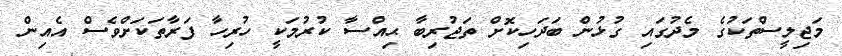
މަޖިލީސްތަކުގެ މެދުގައި ގުޅުން ބަދަހިކޮށް ތަޖުރިބާ ޙިއްސާ ކުރުމަކީ ހުރިހާ ފަރާތަކަށްވެސް އެއިން